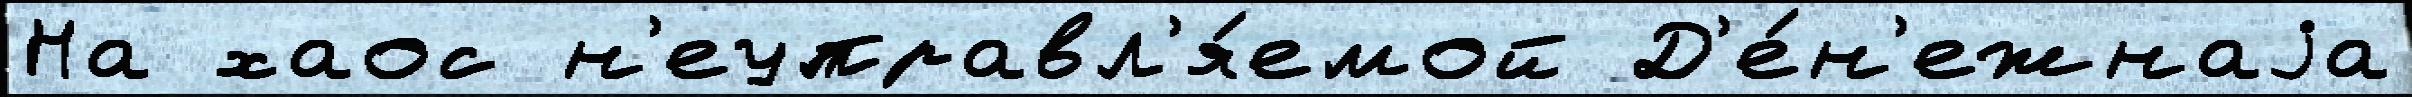
На хаос н'еуправл'я́емой Д'е́н'ежнаjа